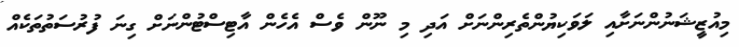
މިއުޒީޝަނުންނަށާއި ލަވަކިޔުންތެރިންނަށް އަދި މި ނޫން ވެސް އެހެން އާޓިސްޓުންނަށް ގިނަ ފުރުސަތުތަކެއް